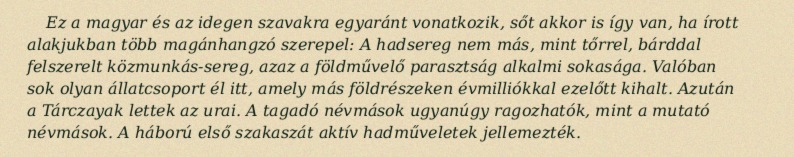
Ez a magyar és az idegen szavakra egyaránt vonatkozik, sőt akkor is így van, ha írott alakjukban több magánhangzó szerepel: A hadsereg nem más, mint tőrrel, bárddal felszerelt közmunkás-sereg, azaz a földművelő parasztság alkalmi sokasága. Valóban sok olyan állatcsoport él itt, amely más földrészeken évmilliókkal ezelőtt kihalt. Azután a Tárczayak lettek az urai. A tagadó névmások ugyanúgy ragozhatók, mint a mutató névmások. A háború első szakaszát aktív hadműveletek jellemezték.